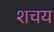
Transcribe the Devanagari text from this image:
शचय